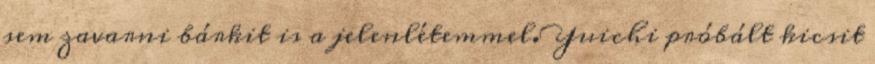
sem zavarni bárkit is a jelenlétemmel. Yuichi próbált kicsit